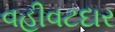
વહીવટદાર